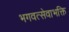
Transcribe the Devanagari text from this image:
भगवत्सेवाभक्ति